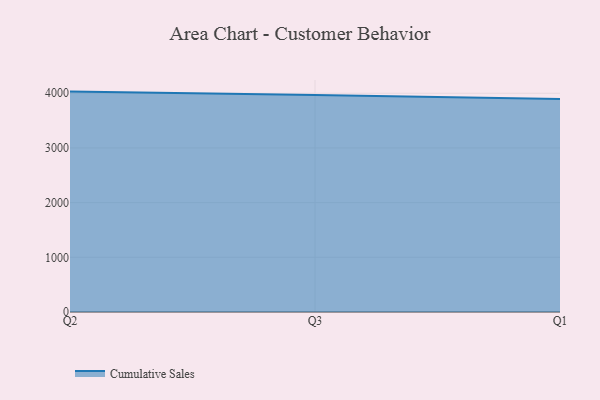
{"axis": {"x": "Quarter", "y": "Inventory Turnover"}, "legend": ["Cumulative Sales"], "data": [{"x": "Q2", "y": 4030.0, "type": "Cumulative Sales"}, {"x": "Q3", "y": 3969.0, "type": "Cumulative Sales"}, {"x": "Q1", "y": 3893.2, "type": "Cumulative Sales"}]}